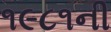
૧૯૮૧ની